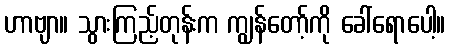
ဟာဗျာ။ သွားကြည့်တုန်းက ကျွန်တော့်ကို ခေါ်ရောပေါ့။